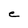
Character: e